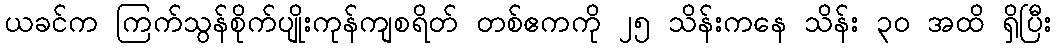
ယခင်က ကြက်သွန်စိုက်ပျိုးကုန်ကျစရိတ် တစ်ဧကကို ၂၅ သိန်းကနေ သိန်း ၃၀ အထိ ရှိပြီး